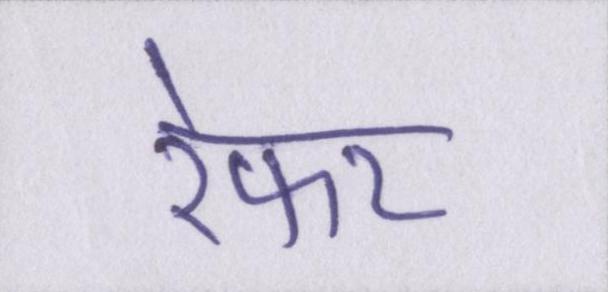
रेफर